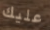
عليك